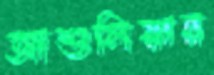
আশুলিয়ার